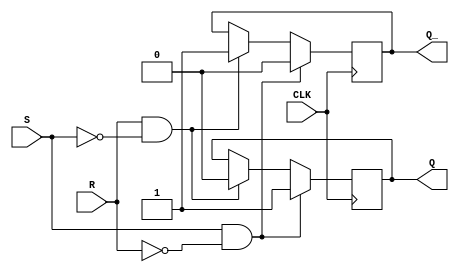
module sr_latch(
    input S, R, CLK,
    output reg Q, Q_
);

always @(posedge CLK) begin
    if (S && !R) begin
        Q <= 1;
        Q_ <= 0;
    end else if (R && !S) begin
        Q <= 0;
        Q_ <= 1;
    end
end

endmodule